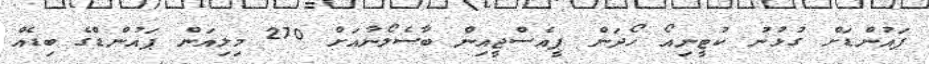
ޕައުންޑަށް ގުޅުނު ކުޓީނިއޯ ހޯދަން ޕީއެސްޖީއިން ބާސެލޯނާއަށް 270 މިލިއަން ޕައުންޑްގެ ބިޑެއް